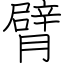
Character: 臂